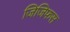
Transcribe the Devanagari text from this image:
जिजिफस